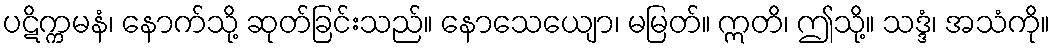
ပဋိက္ကမနံ၊ နောက်သို့ ဆုတ်ခြင်းသည်။ နောသေယျော၊ မမြတ်။ ဣတိ၊ ဤသို့။ သဒ္ဒံ၊ အသံကို။